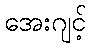
အေးဂျင့်